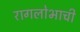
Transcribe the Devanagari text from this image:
रागलोभाची